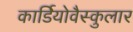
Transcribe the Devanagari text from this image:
कार्डियोवैस्कुलार